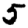
Digit: 5